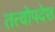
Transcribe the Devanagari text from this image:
तत्त्वोपदेश